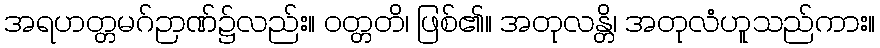
အရဟတ္တမဂ်ဉာဏ်၌လည်း။ ဝတ္တတိ၊ ဖြစ်၏။ အတုလန္တိ၊ အတုလံဟူသည်ကား။